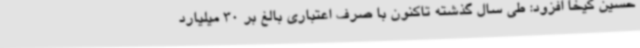
حسین کیخا افزود: طی سال گذشته تاکنون با صرف اعتباری بالغ بر 30 میلیارد